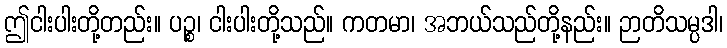
ဤငါးပါးတို့တည်း။ ပဉ္စ၊ ငါးပါးတို့သည်။ ကတမာ၊ အဘယ်သည်တို့နည်း။ ဉာတိသမ္ပဒါ၊